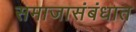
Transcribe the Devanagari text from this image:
समाजासंबंधात